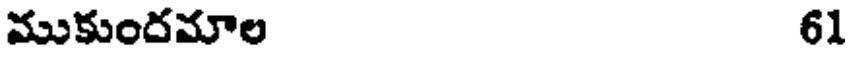
ముకుందమాల 61